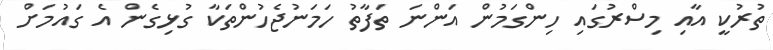
ތުރުކީ އާއި މިސްރުގައި ހިންގަމުން އަންނަ ތަފާތު ހަމަނުޖެހުންތަކާ ގުޅިގެން އެ ގައުމަށް